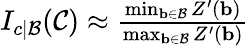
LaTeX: \begin{array}{r}{I_{c|\mathcal{B}}(\mathcal{C})\approx\frac{\operatorname*{min}_{\mathbf{b}\in\mathcal{B}}Z^{\prime}(\mathbf{b})}{\operatorname*{max}_{\mathbf{b}\in\mathcal{B}}Z^{\prime}(\mathbf{b})}}\end{array}